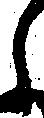
ら